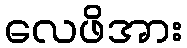
လေဖိအား